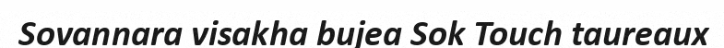
Sovannara visakha bujea Sok Touch taureaux